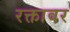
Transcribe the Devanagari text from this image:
रक्तावर